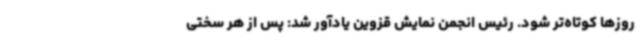
روزها کوتاه‌تر شود. رئیس انجمن نمایش قزوین یادآور شد: پس از هر سختی